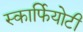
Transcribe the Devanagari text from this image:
स्कार्फियोटी